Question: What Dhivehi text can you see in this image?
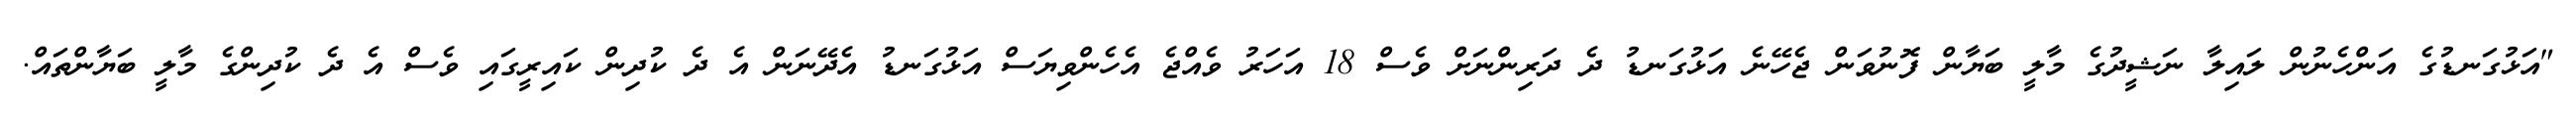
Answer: "އަޅުގަނޑުގެ އަންހެނުން ލައިލާ ނަޝީދުގެ މާލީ ބަޔާން ފޮނުވަން ޖެހޭނެ އަޅުގަނޑު ދެ ދަރިންނަށް ވެސް 18 އަހަރު ވެއްޖެ އެހެންވިޔަސް އަޅުގަނޑު އެދޭނަން އެ ދެ ކުދިން ކައިރީގައި ވެސް އެ ދެ ކުދިންގެ މާލީ ބަޔާންތައް.